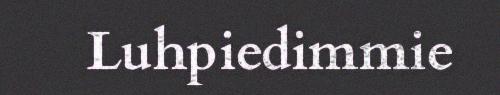
Luhpiedimmie